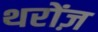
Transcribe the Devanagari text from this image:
थरोंज़